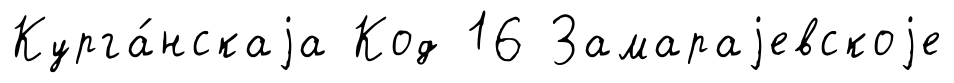
Курга́нскаjа Код 16 Замараjевскоjе